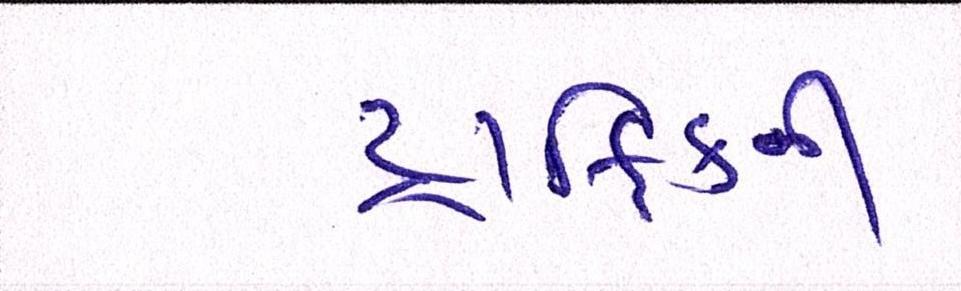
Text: ટ્રાફિકની